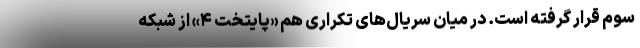
سوم قرار گرفته است. در میان سریال‌های تکراری هم «پایتخت ۴» از شبکه